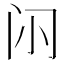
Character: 𮤭